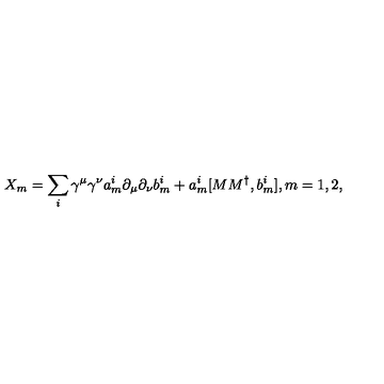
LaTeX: X _ { m } = \sum _ { i } \gamma ^ { \mu } \gamma ^ { \nu } a _ { m } ^ { i } \partial _ { \mu } \partial _ { \nu } b _ { m } ^ { i } + a _ { m } ^ { i } [ M M ^ { \dag } , b _ { m } ^ { i } ] , m = 1 , 2 ,